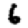
Digit: 6